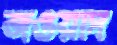
জওয়াদ